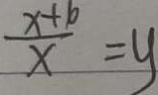
\frac { x + 1 0 } { x } = y